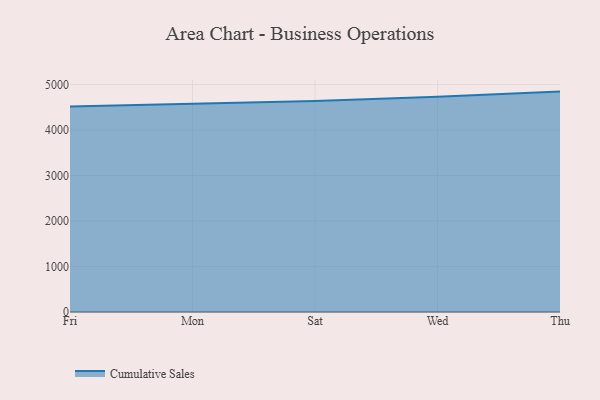
{"axis": {"x": "Day", "y": "Churn Rate (%)"}, "legend": ["Cumulative Sales"], "data": [{"x": "Fri", "y": 4514.8, "type": "Cumulative Sales"}, {"x": "Mon", "y": 4576.7, "type": "Cumulative Sales"}, {"x": "Sat", "y": 4639.1, "type": "Cumulative Sales"}, {"x": "Wed", "y": 4729.8, "type": "Cumulative Sales"}, {"x": "Thu", "y": 4844.4, "type": "Cumulative Sales"}]}